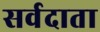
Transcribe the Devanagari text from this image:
सर्वदाता